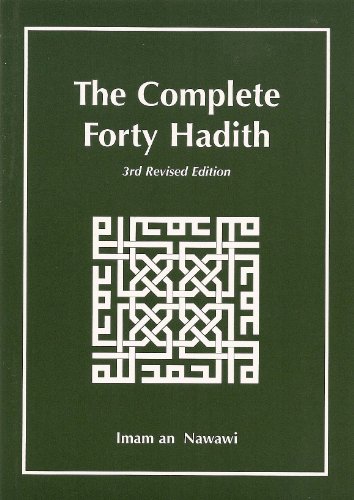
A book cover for The Complete Forty Hadith; Nawawi; Religion & Spirituality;